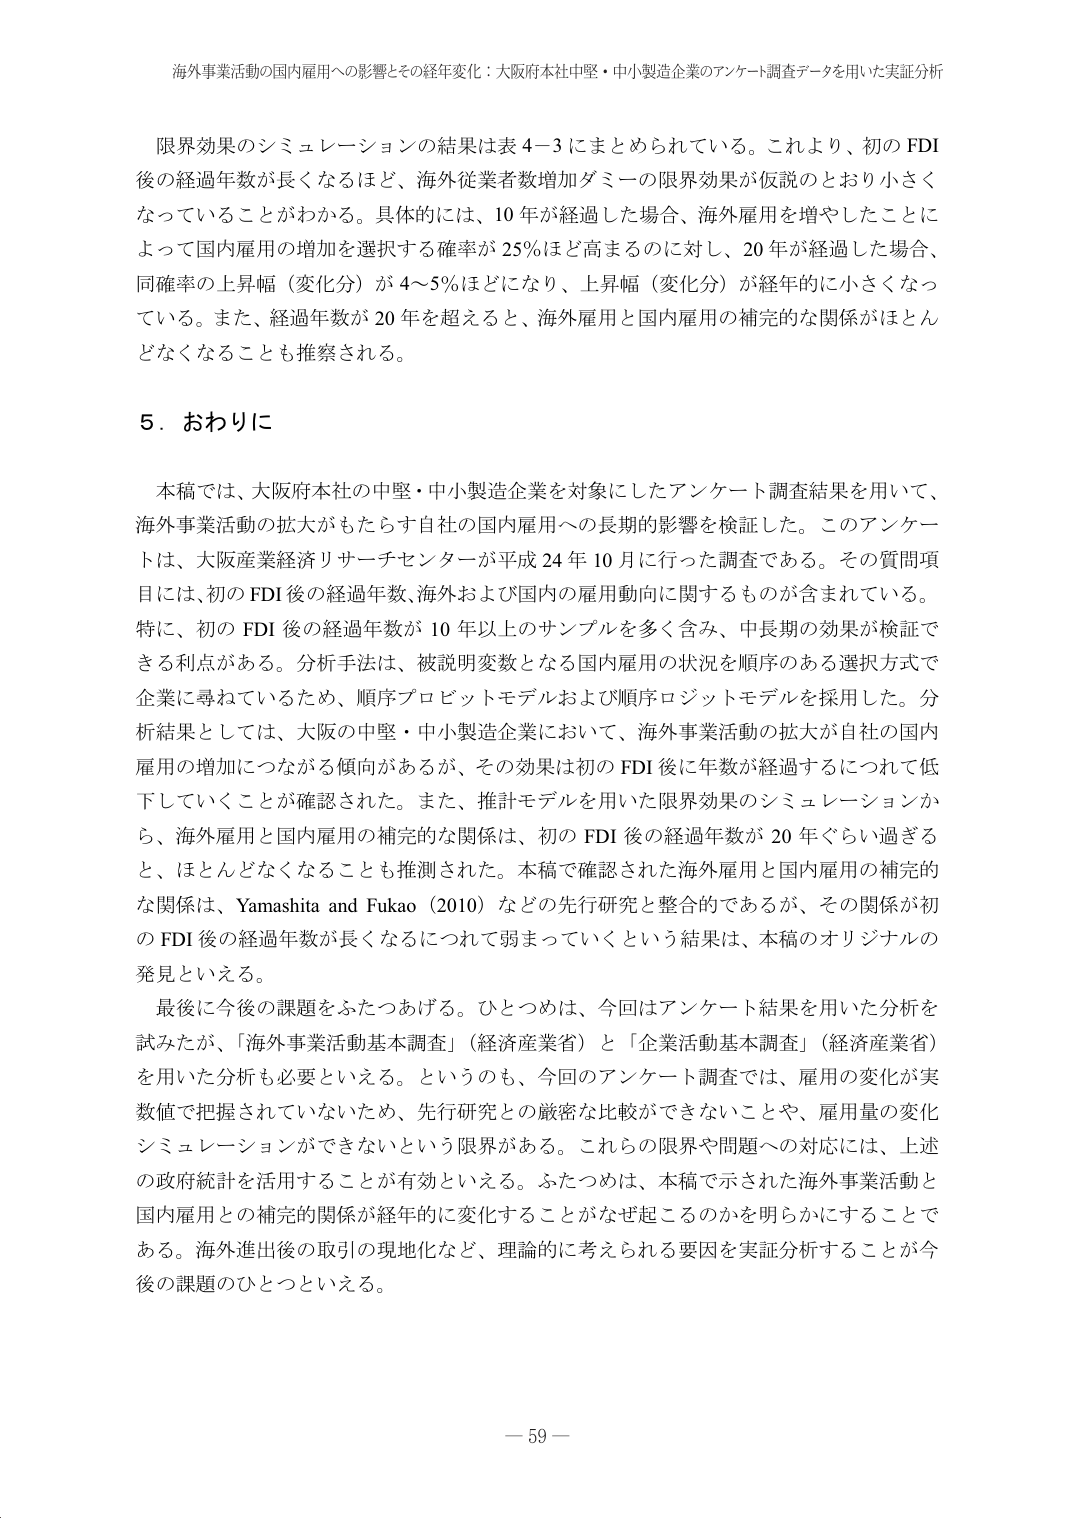
海外事業活動の国内雇用への影響とその経年変化：大阪府本社中堅・中小製造企業のアンケート調査データを用いた実証分析

限界効果のシミュレーションの結果は表４－３にまとめられている。これより、初のFDI後の経過年数が長くなるほど、海外従業者数増加ダミーの限界効果が仮説のとおり小さくなっていることがわかる。具体的には、10年が経過した場合、海外雇用を増やしたことによって国内雇用の増加を選択する確率が25％ほど高まるのに対し、20年が経過した場合、同確率の上昇幅（変化分）が4～5％ほどになり、上昇幅（変化分）が経年的に小さくなっている。また、経過年数が20年を超えると、海外雇用と国内雇用の補完的な関係がほとんどなくなることも推察される。

５．おわりに

本稿では、大阪府本社の中堅・中小製造企業を対象にしたアンケート調査結果を用いて、海外事業活動の拡大がもたらす自社の国内雇用への長期的影響を検証した。このアンケートは、大阪産業経済リサーチセンターが平成24年10月に行った調査である。その質問項目には、初のFDI後の経過年数、海外および国内の雇用動向に関するものが含まれている。特に、初のFDI後の経過年数が10年以上のサンプルを多く含み、中長期の効果が検証できる利点がある。分析手法は、被説明変数となる国内雇用の状況を順序のある選択方式で企業に尋ねているため、順序プロビットモデルおよび順序ロジットモデルを採用した。分析結果としては、大阪の中堅・中小製造企業において、海外事業活動の拡大が自社の国内雇用の増加につながる傾向があるが、その効果は初のFDI後に年数が経過するにつれて低下していくことが確認された。また、推計モデルを用いた限界効果のシミュレーションから、海外雇用と国内雇用の補完的な関係は、初のFDI後の経過年数が20年ぐらい過ぎると、ほとんどなくなることも推測された。本稿で確認された海外雇用と国内雇用の補完的な関係は、Yamashita and Fukao（2010）などの先行研究と整合的であるが、その関係が初のFDI後の経過年数が長くなるにつれて弱まっていくという結果は、本稿のオリジナルの発見といえる。

最後に今後の課題をふたつあげる。ひとつめは、今回はアンケート結果を用いた分析を試みたが、「海外事業活動基本調査」（経済産業省）と「企業活動基本調査」（経済産業省）を用いた分析も必要といえる。というのも、今回のアンケート調査では、雇用の変化が実数値で把握されていないため、先行研究との厳密な比較ができないことや、雇用量の変化シミュレーションができないという限界がある。これらの限界や問題への対応には、上述の政府統計を活用することが有効といえる。ふたつめは、本稿で示された海外事業活動と国内雇用との補完的関係が経年的に変化することがなぜ起こるのかを明らかにすることである。海外進出後の取引の現地化など、理論的に考えられる要因を実証分析することが今後の課題のひとつといえる。

－ 59 －